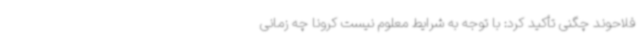
فلاحوند چگنی تأکید کرد: با توجه به شرایط معلوم نیست کرونا چه زمانی